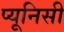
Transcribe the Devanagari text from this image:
प्यूनिसी